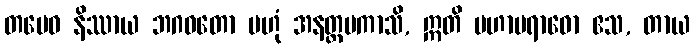
တမေဝ နိဿာယ ဘဂဝတော ဗဟုံ အနတ္ထမကာသိ, ဣတိ မဟာပရာဓော ဧသ, တာယ